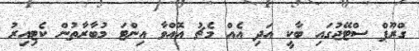
ގްރޫޕް ސްޓޭޖުގައި ބާކީ އަދި އެއް މެޗު އޮއްވާ އިންޓަ މުބާރާތުން ކެޓިއިރު